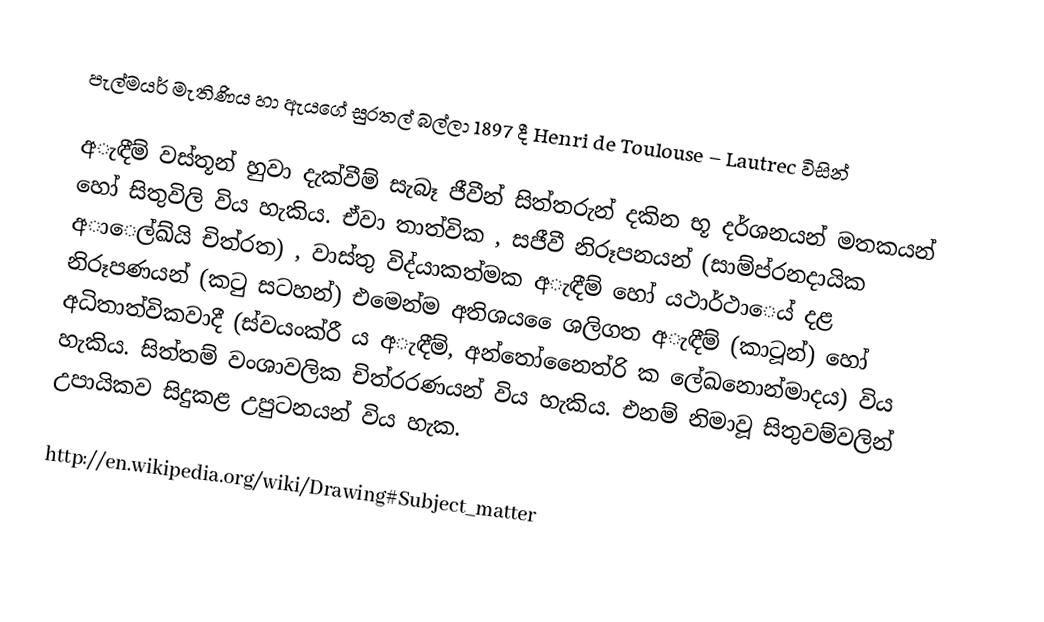
පැල්මයර් මැතිණිය හා ඇයගේ සුරතල් බල්ලා 1897 දී Henri de Toulouse – Lautrec විසින්

අැඳීම් වස්තූන් හුවා දැක්වීම් සැබෑ ජීවීන් සිත්තරුන් දකින භූ දර්ශනයන් මතකයන් හෝ සිතුවිලි විය හැකිය. ඒවා තාත්වික , සජීවී නිරූපනයන් (සාම්ප්රනදායික අාෙල්ඛ්යි චිත්රත) , වාස්තු විද්යාකත්මක අැඳීම් හෝ යථාර්ථාෙය් දළ නිරූපණයන් (කටු සටහන්) එමෙන්ම අතිශය ෙෙශලිගත අැඳීම් (කාටූන්) හෝ අධිතාත්විකවාදී (ස්වයංක්රී ය අැඳීම්, අන්තෝනෛත්රි ක ලේ‍ඛනොන්මාදය) විය හැකිය. සිත්තම් වංශාවලික චිත්රරණයන් විය හැකිය. එනම් නිමාවූ සිතුවම්වලින් උපායිකව සිදුකළ උපුටනයන් විය හැක.

http://en.wikipedia.org/wiki/Drawing#Subject_matter